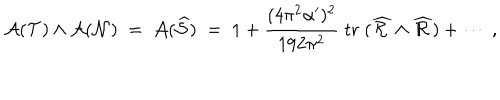
{ { \cal A } } ( { \cal T } ) \wedge { { \cal A } } ( { \cal N } ) \; = \; { { \cal A } } ( { \widehat { \cal S } } ) \; = \; 1 + { \frac { ( 4 \pi ^ { 2 } \alpha ^ { \prime } ) ^ { 2 } } { 1 9 2 \pi ^ { 2 } } } \; \mathrm { t r } \; ( { \widehat { \cal R } } \wedge { \widehat { \cal R } } ) + \cdots \ ,